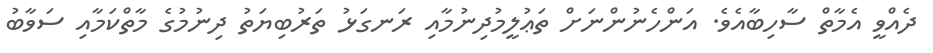
ދެއްވީ އެމާތް ސާހިބާއެވެ. އަންހެނުންނަށް ތަޢުލީމުދިނުމާއި ރަނގަޅު ތަރުބިޔަތު ދިނުމުގެ މާތްކަމާއި ސަވާބު